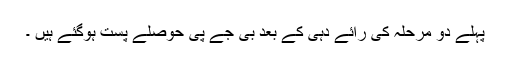
پہلے دو مرحلہ کی رائے دہی کے بعد بی جے پی حوصلے پست ہوگئے ہیں ۔